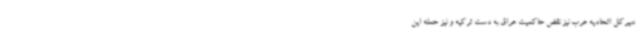
دبیرکل اتحادیه عرب نیز نقض حاکمیت عراق به دست ترکیه و نیز حمله این